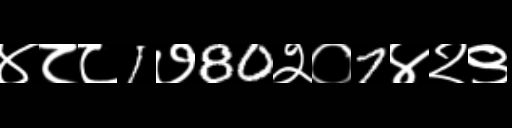
Text: ४८८1७80२०7४२९